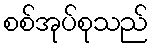
စစ်အုပ်စုသည်